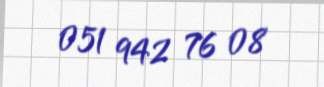
051 942 76 08